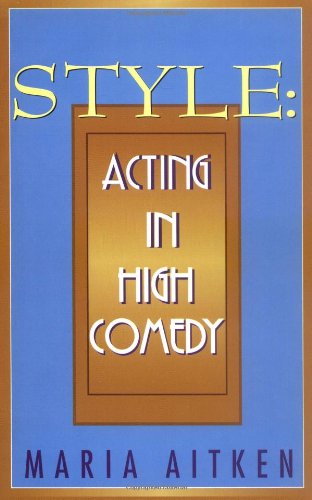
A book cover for Style: Acting in High Comedy (Applause Acting Series); Literature & Fiction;